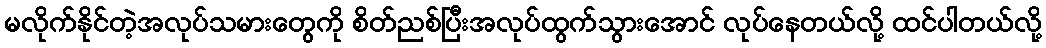
မလိုက်နိုင်တဲ့အလုပ်သမားတွေကို စိတ်ညစ်ပြီးအလုပ်ထွက်သွားအောင် လုပ်နေတယ်လို့ ထင်ပါတယ်လို့